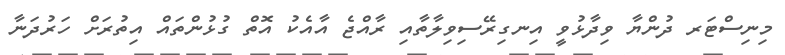
މިނިސްޓަރ ދުންޔާ ވިދާޅުވީ އިނގިރޭސިވިލާތާއި ރާއްޖެ އާއެކު އޮތް ގުޅުންތައް އިތުރަށް ހަރުދަނާ